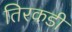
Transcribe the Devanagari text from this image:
तिरकडी